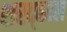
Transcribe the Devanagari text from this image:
शरद्काल